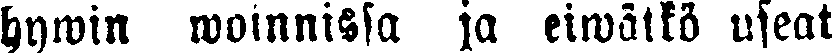
hywin winnissa ja eiwätkö useat